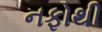
નફોથી